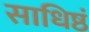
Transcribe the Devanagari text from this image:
साधिष्ठं